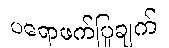
ပရောဖက်ပြုချက်